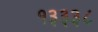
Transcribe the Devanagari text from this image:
१३३३८